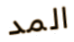
المد